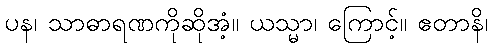
ပန၊ သာဓာရဏကိုဆိုအံ့။ ယသ္မာ၊ ကြောင့်။ ဧတာနိ၊